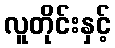
လူတိုင်းနှင့်